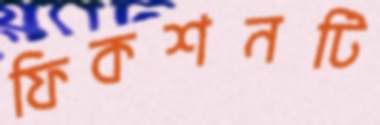
ফিকশনটি